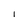
Character: l